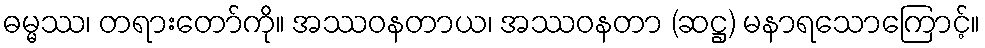
ဓမ္မဿ၊ တရားတော်ကို။ အဿဝနတာယ၊ အဿဝနတာ (ဆဋ္ဌ) မနာရသောကြောင့်။